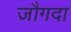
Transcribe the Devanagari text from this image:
जौगदा